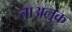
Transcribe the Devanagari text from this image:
ताअलुक